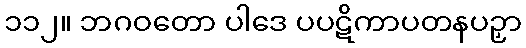
၁၁၂။ ဘဂဝတော ပါဒေ ပပဋိကာပတနပဉှာ